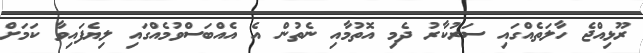
ރޫޅިއްޖެ ހާލަތެއްގައި ސަރުކާރު ދެމި އޮތުމާއި ނެތުން އެ އެއްބަސްވުމެއްގައި ލިޔެފައިވާ ކަމަށް